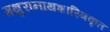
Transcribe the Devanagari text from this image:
मथुरानाथशास्त्रिकृत